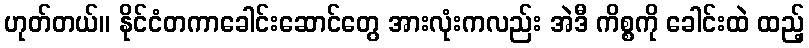
ဟုတ်တယ်။ နိုင်ငံတကာခေါင်းဆောင်တွေ အားလုံးကလည်း အဲဒီ ကိစ္စကို ခေါင်းထဲ ထည့်